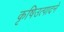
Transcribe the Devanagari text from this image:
कृषिउत्पादने